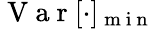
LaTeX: \mathrm{~V~a~r~}[\cdot]_{\mathrm{~m~i~n~}}